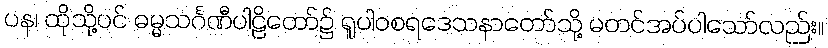
ပန၊ ထိုသို့ပင် ဓမ္မသင်္ဂဏီပါဠိတော်၌ ရူပါဝစရဒေသနာတော်သို့ မတင်အပ်ပါသော်လည်း။